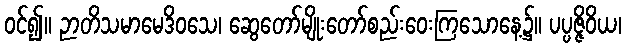
ဝင်၍။ ဉာတိသမာမေဒိဝသေ၊ ဆွေတော်မျိုးတော်စည်းဝေးကြသောနေ့၌။ ပပ္ပဇ္ဇိဝိယ၊